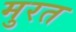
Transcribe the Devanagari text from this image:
मुरत